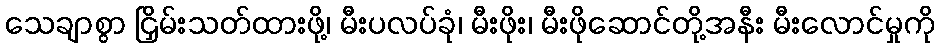
သေချာစွာ ငြှိမ်းသတ်ထားဖို့၊ မီးပလပ်ခုံ၊ မီးဖိုး၊ မီးဖိုဆောင်တို့အနီး မီးလောင်မှုကို